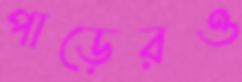
পাড়েরও